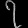
Digit: ၇